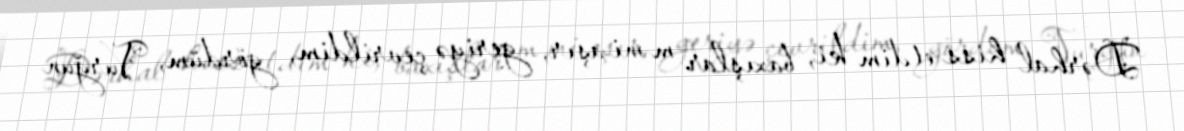
Dərhal hiss etdim ki, baxışlar məni aşır, geriyə çevrildim, gördüm, Vurğun